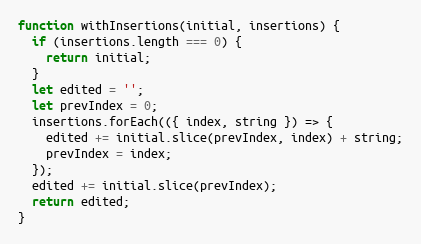
Language: JavaScript
function withInsertions(initial, insertions) {
  if (insertions.length === 0) {
    return initial;
  }
  let edited = '';
  let prevIndex = 0;
  insertions.forEach(({ index, string }) => {
    edited += initial.slice(prevIndex, index) + string;
    prevIndex = index;
  });
  edited += initial.slice(prevIndex);
  return edited;
}